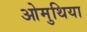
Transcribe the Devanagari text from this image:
ओमुथिया